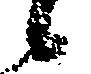
候